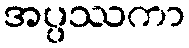
အပ္ပဿကာ